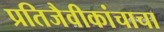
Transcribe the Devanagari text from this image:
प्रतिजैवीकांचाचा